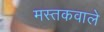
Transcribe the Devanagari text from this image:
मस्तकवाले